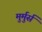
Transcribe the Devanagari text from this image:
मुर्मुर्स